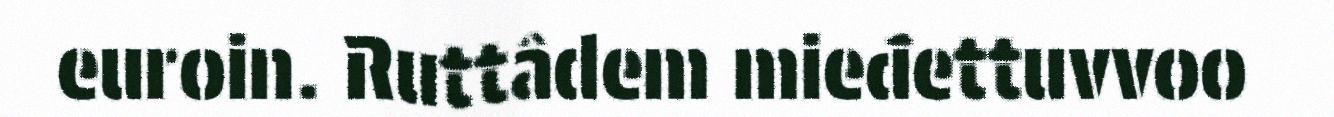
euroin. Ruttâdem mieđettuvvoo